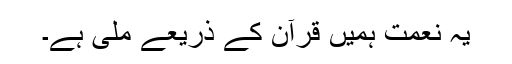
یہ نعمت ہمیں قرآن کے ذریعے ملی ہے۔